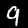
Digit: 9